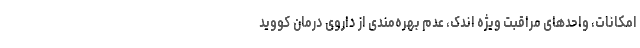
امکانات، واحدهای مراقبت ویژه اندک، عدم بهره‌مندی از داروی درمان کووید